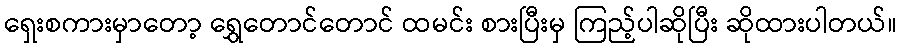
ရှေးစကားမှာတော့ ရွှေတောင်တောင် ထမင်း စားပြီးမှ ကြည့်ပါဆိုပြီး ဆိုထားပါတယ်။